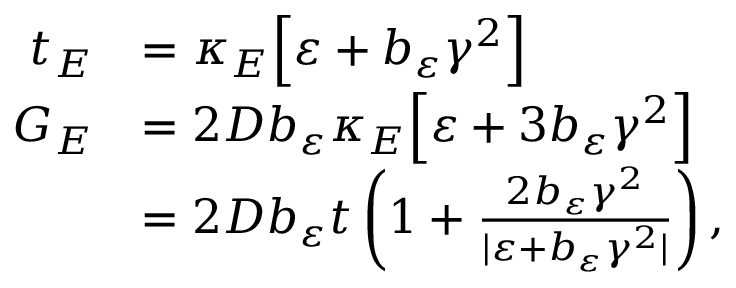
\begin{array} { r l } { t _ { E } } & { = \kappa _ { E } \Big [ \varepsilon + b _ { \varepsilon } \gamma ^ { 2 } \Big ] } \\ { G _ { E } } & { = 2 D b _ { \varepsilon } \kappa _ { E } \Big [ \varepsilon + 3 b _ { \varepsilon } \gamma ^ { 2 } \Big ] } \\ & { = 2 D b _ { \varepsilon } t \left( 1 + \frac { 2 b _ { \varepsilon } \gamma ^ { 2 } } { \vert \varepsilon + b _ { \varepsilon } \gamma ^ { 2 } \vert } \right) , } \end{array}